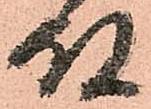
殿